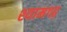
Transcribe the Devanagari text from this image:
श्यामगढ़